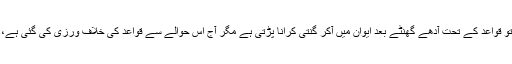
ایک دفعہ کورم کی نشاندہی ہوجائے تو قواعد کے تحت آدھے گھنٹے بعد ایوان میں آکر گنتی کرانا پڑتی ہے مگر آج اس حوالے سے قواعد کی خلاف ورزی کی گئی ہے، روزہ داروں کی دل آزاری ہوئی ہے۔